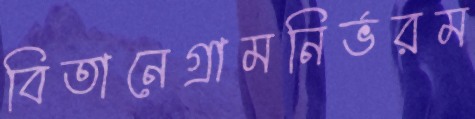
বিতানেগ্রামনির্ভরম